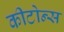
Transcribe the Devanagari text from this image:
कीटोन्स